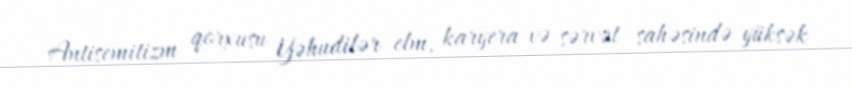
Antisemitizm qorxusu Yəhudilər elm, karyera və sərvət sahəsində yüksək